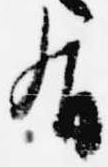
有